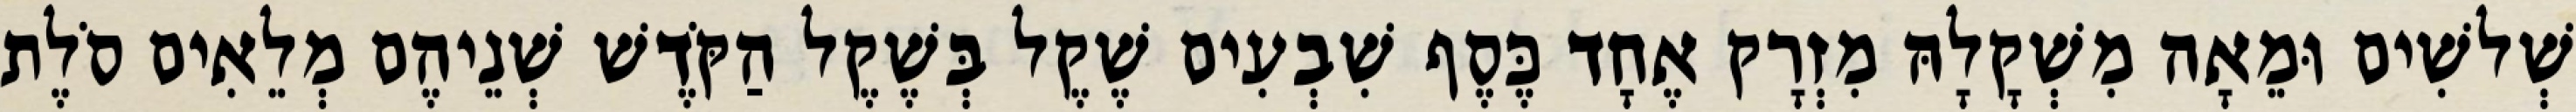
שְׁלשִׁים וּמֵאָה מִשְׁקָלָהּ מִזְרָק אֶחָד כֶּסֶף שִׁבְעִים שֶׁקֶל בְּשֶׁקֶל הַקֹּדֶשׁ שְׁנֵיהֶם מְלֵאִים סֹלֶת